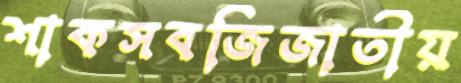
শাকসবজিজাতীয়